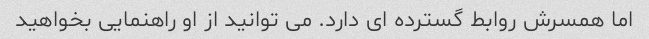
اما همسرش روابط گسترده ای دارد. می توانید از او راهنمایی بخواهید